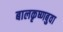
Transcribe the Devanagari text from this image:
बालकृष्णबुवा